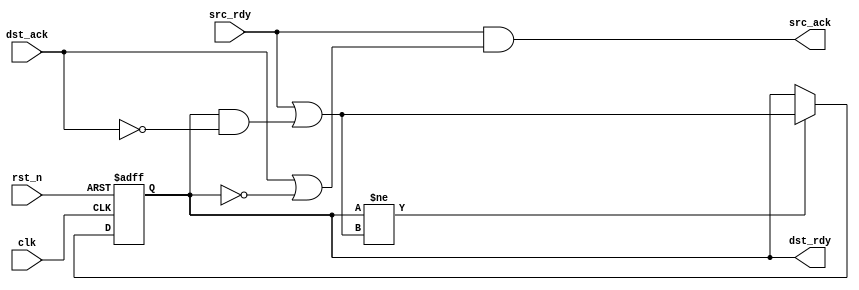
module PPForward (
	input      clk,
	input      rst_n,
	input      src_rdy,
	output reg src_ack,
	output reg dst_rdy,
	input      dst_ack
);

reg dst_rdy_w;
always@* begin
	src_ack = src_rdy && (dst_ack || !dst_rdy);
	dst_rdy_w = src_rdy || (dst_rdy && !dst_ack);
end

always @(posedge clk or negedge rst_n) begin
	if (!rst_n) begin
		dst_rdy <= 1'b0;
	end else if (dst_rdy != dst_rdy_w) begin
		dst_rdy <= dst_rdy_w;
	end
end

endmodule

//////////

module PPForwardLoopIn(
	input      clk,
	input      rst_n,
	input      loop_done,
	input      src_rdy,
	output reg src_ack,
	output reg dst_rdy,
	input      dst_ack
);

reg dst_rdy_w;
always@* begin
	src_ack = src_rdy && (dst_ack || !dst_rdy);
	dst_rdy_w = (src_rdy && loop_done) || (dst_rdy && !dst_ack);
end

always @(posedge clk or negedge rst_n) begin
	if (!rst_n) begin
		dst_rdy <= 1'b0;
	end else if (dst_rdy != dst_rdy_w) begin
		dst_rdy <= dst_rdy_w;
	end
end

endmodule

//////////

module PPForwardLoopOut(
	input      clk,
	input      rst_n,
	input      loop_done,
	input      src_rdy,
	output reg src_ack,
	output reg dst_rdy,
	input      dst_ack
);

parameter INSTANT_ACK = 1;

reg dst_rdy_w;
always@* begin
	src_ack = src_rdy && ((INSTANT_ACK != 0) && loop_done && dst_ack || !dst_rdy);
	dst_rdy_w = src_rdy || (dst_rdy && !dst_ack && !loop_done);
end

always @(posedge clk or negedge rst_n) begin
	if (!rst_n) begin
		dst_rdy <= 1'b0;
	end else if (dst_rdy != dst_rdy_w) begin
		dst_rdy <= dst_rdy_w;
	end
end

endmodule